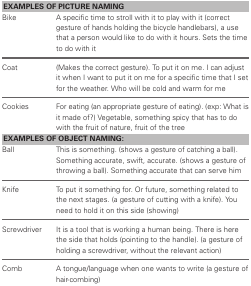
<table><thead><tr><td colspan="2"><b>EXAMPLES OF PICTURE NAMING</b></td></tr></thead><tbody><tr><td>Bike</td><td>A specific time to stroll with it to play with it (correct gesture of hands holding the bicycle handlebars), a use that a person would like to do with it hours. Sets the time to do with it</td></tr><tr><td>Coat</td><td>(Makes the correct gesture). To put it on me. I can adjust it when I want to put it on me for a specific time that I set for the weather. Who will be cold and warm for me</td></tr><tr><td>Cookies</td><td>For eating (an appropriate gesture of eating). (exp: What is it made of?) Vegetable, something spicy that has to do with the fruit of nature, fruit of the tree</td></tr><tr><td colspan="2"><b>EXAMPLES OF OBJECT NAMING:</b></td></tr><tr><td>Ball</td><td>This is something. (shows a gesture of catching a ball). Something accurate, swift, accurate. (shows a gesture of throwing a ball). Something accurate that can serve him</td></tr><tr><td>Knife</td><td>To put it something for. Or future, something related to the next stages. (a gesture of cutting with a knife). You need to hold it on this side (showing)</td></tr><tr><td>Screwdriver</td><td>It is a tool that is working a human being. There is here the side that holds (pointing to the handle). (a gesture of holding a screwdriver, without the relevant action)</td></tr><tr><td>Comb</td><td>A tongue/language when one wants to write (a gesture of hair-combing)</td></tr></tbody></table>